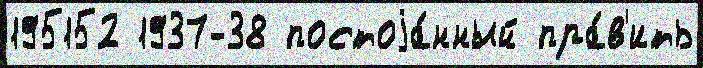
195152 1937-38 постоjа́нный пра́в'ить